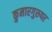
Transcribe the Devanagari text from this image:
कुमारगुरुपर